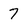
Character: 7